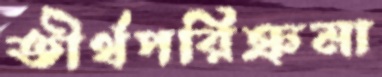
তীর্থপরিক্রমা